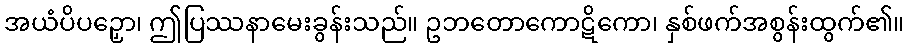
အယံပိပဉှော၊ ဤပြဿနာမေးခွန်းသည်။ ဥဘတောကောဋိကော၊ နှစ်ဖက်အစွန်းထွက်၏။